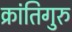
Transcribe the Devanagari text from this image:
क्रांतिगुरु